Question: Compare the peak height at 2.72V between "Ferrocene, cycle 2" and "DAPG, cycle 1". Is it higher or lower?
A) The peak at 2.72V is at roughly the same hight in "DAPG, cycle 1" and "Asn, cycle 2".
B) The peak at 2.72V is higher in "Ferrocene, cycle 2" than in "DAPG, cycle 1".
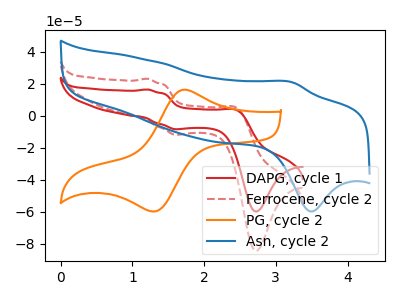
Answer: <think>The red curve "DAPG, cycle 1" has anodic peaks at (1.20V, 16.35uA) (2.45V, 3.45uA) and cathodic peaks at (1.60V, -8.45uA) (2.70V, -59.85uA). The red dashed curve "Ferrocene, cycle 2" has anodic peaks at (1.20V, 23.00uA) (2.45V, 4.85uA) and cathodic peaks at (1.60V, -11.90uA) (2.70V, -84.30uA). The orange curve "PG, cycle 2" has an anodic peak at (1.70V, 16.10uA) and a cathodic peak at (1.30V, -59.85uA). The blue curve "Asn, cycle 2" has an anodic peak at (3.25V, 20.85uA) and a cathodic peak at (3.50V, -59.85uA).</think>
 <answer>B) The peak at 2.72V is higher in "Ferrocene, cycle 2" than in "DAPG, cycle 1".</answer>
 <eval>B</eval>